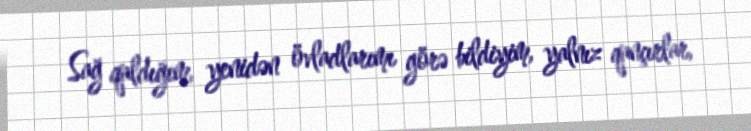
Sağ qaldığım, yenidən övladlarımı görə bildiyim, yalnız qançırlar,